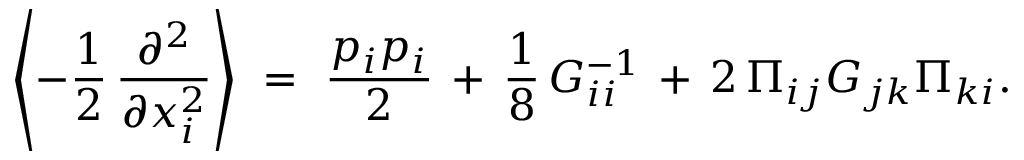
\left\langle - { \frac { 1 } { 2 } } \, \frac { \partial ^ { 2 } } { \partial x _ { i } ^ { 2 } } \right\rangle \ = \ { \frac { p _ { i } p _ { i } } { 2 } } \, + \, \frac { 1 } { 8 } \, G _ { i i } ^ { - 1 } \, + \, 2 \, \Pi _ { i j } G _ { j k } \Pi _ { k i } .